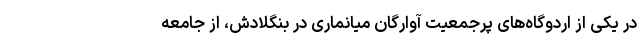
در یکی از اردوگاه‌های پرجمعیت آوارگان میانماری در بنگلادش، از جامعه